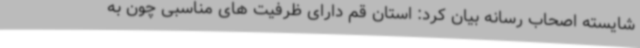
شایسته اصحاب رسانه بیان کرد: استان قم دارای ظرفیت های مناسبی چون به